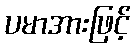
ပမာအားဖြင့်